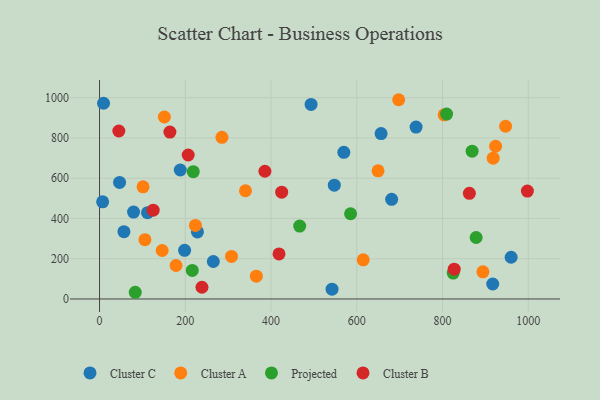
{"axis": {"x": "Speed", "y": "Exam Score"}, "legend": ["Cluster A", "Cluster B", "Cluster C", "Projected"], "data": [{"x": "960.0", "y": 207.2, "type": "Cluster C"}, {"x": "738.3", "y": 853.8, "type": "Cluster C"}, {"x": "9.3", "y": 972.4, "type": "Cluster C"}, {"x": "493.4", "y": 966.5, "type": "Cluster C"}, {"x": "656.7", "y": 821.8, "type": "Cluster C"}, {"x": "79.3", "y": 431.9, "type": "Cluster C"}, {"x": "188.3", "y": 640.6, "type": "Cluster C"}, {"x": "111.9", "y": 428.9, "type": "Cluster C"}, {"x": "7.2", "y": 482.8, "type": "Cluster C"}, {"x": "542.3", "y": 48.6, "type": "Cluster C"}, {"x": "56.9", "y": 334.2, "type": "Cluster C"}, {"x": "547.6", "y": 565.4, "type": "Cluster C"}, {"x": "681.3", "y": 495.2, "type": "Cluster C"}, {"x": "265.4", "y": 186.2, "type": "Cluster C"}, {"x": "917.1", "y": 74.5, "type": "Cluster C"}, {"x": "569.8", "y": 728.3, "type": "Cluster C"}, {"x": "46.7", "y": 579.1, "type": "Cluster C"}, {"x": "228.4", "y": 332.9, "type": "Cluster C"}, {"x": "198.4", "y": 241.6, "type": "Cluster C"}, {"x": "105.9", "y": 294.8, "type": "Cluster A"}, {"x": "649.6", "y": 636.7, "type": "Cluster A"}, {"x": "223.6", "y": 365.6, "type": "Cluster A"}, {"x": "340.4", "y": 537.6, "type": "Cluster A"}, {"x": "947.1", "y": 858.0, "type": "Cluster A"}, {"x": "615.0", "y": 194.5, "type": "Cluster A"}, {"x": "146.1", "y": 240.8, "type": "Cluster A"}, {"x": "894.2", "y": 135.1, "type": "Cluster A"}, {"x": "923.8", "y": 758.6, "type": "Cluster A"}, {"x": "101.5", "y": 557.1, "type": "Cluster A"}, {"x": "285.5", "y": 803.2, "type": "Cluster A"}, {"x": "307.8", "y": 211.4, "type": "Cluster A"}, {"x": "697.7", "y": 989.8, "type": "Cluster A"}, {"x": "151.2", "y": 904.1, "type": "Cluster A"}, {"x": "178.5", "y": 166.3, "type": "Cluster A"}, {"x": "365.7", "y": 113.3, "type": "Cluster A"}, {"x": "918.2", "y": 699.3, "type": "Cluster A"}, {"x": "803.8", "y": 914.9, "type": "Cluster A"}, {"x": "809.5", "y": 918.4, "type": "Projected"}, {"x": "466.8", "y": 362.2, "type": "Projected"}, {"x": "83.3", "y": 33.3, "type": "Projected"}, {"x": "585.5", "y": 423.3, "type": "Projected"}, {"x": "824.9", "y": 128.8, "type": "Projected"}, {"x": "878.4", "y": 305.5, "type": "Projected"}, {"x": "216.3", "y": 142.0, "type": "Projected"}, {"x": "869.0", "y": 734.0, "type": "Projected"}, {"x": "218.6", "y": 632.2, "type": "Projected"}, {"x": "862.6", "y": 524.8, "type": "Cluster B"}, {"x": "164.1", "y": 829.0, "type": "Cluster B"}, {"x": "997.9", "y": 535.8, "type": "Cluster B"}, {"x": "238.9", "y": 58.2, "type": "Cluster B"}, {"x": "206.8", "y": 715.1, "type": "Cluster B"}, {"x": "424.8", "y": 530.5, "type": "Cluster B"}, {"x": "125.1", "y": 441.0, "type": "Cluster B"}, {"x": "45.0", "y": 834.5, "type": "Cluster B"}, {"x": "827.2", "y": 147.9, "type": "Cluster B"}, {"x": "418.6", "y": 223.6, "type": "Cluster B"}, {"x": "385.7", "y": 634.6, "type": "Cluster B"}]}